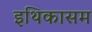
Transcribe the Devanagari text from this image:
इथिकासम